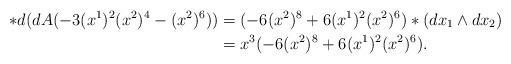
LaTeX: \begin{align*}*d (d A(-3(x^1)^2(x^2)^4-(x^2)^6)) & = (-6(x^2)^8+6(x^1)^2 (x^2)^6)*(dx_1\wedge dx_2) \\& = x^3(-6(x^2)^8+6(x^1)^2 (x^2)^6).\end{align*}